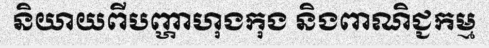
និយាយពីបញ្ហាហុងកុង និងពាណិជ្ជកម្ម